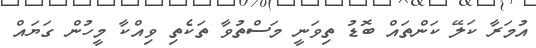
އުމަރާ ކަލޭ ކަންތައް ބޮޑު ތިވަނީ މަސްތުވާ ތަކެތި ވިއްކާ މީހުން ގަޔައް